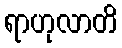
ရာဟုလာတိ